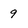
Character: 9